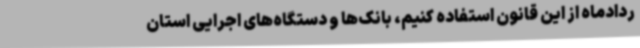
ردادماه از این قانون استفاده کنیم، بانک‌ها و دستگاه‌های اجرایی استان